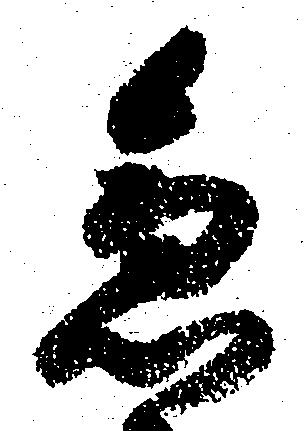
急